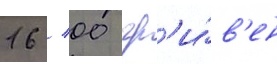
16 / 00 гр'и́в'ен